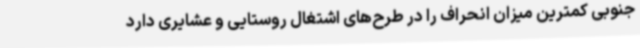
جنوبی کمترین میزان انحراف را در طرح‌های اشتغال روستایی و عشایری دارد